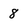
Character: 8